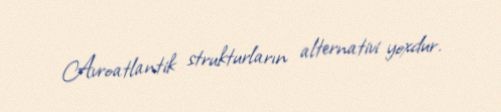
Avroatlantik strukturların alternativi yoxdur.